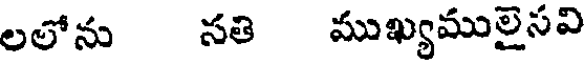
లలోను సతి ముఖ్యములైసవి